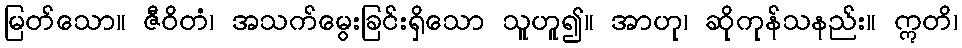
မြတ်သော။ ဇီဝိတံ၊ အသက်မွေးခြင်းရှိသော သူဟူ၍။ အာဟု၊ ဆိုကုန်သနည်း။ ဣတိ၊